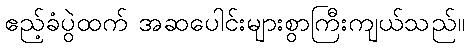
ဧည့်ခံပွဲထက် အဆပေါင်းများစွာကြီးကျယ်သည်။